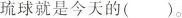
琉球就是今天的()。